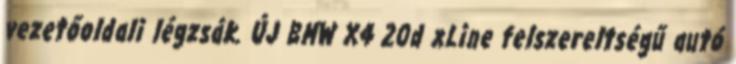
vezetőoldali légzsák. ÚJ BMW X4 20d xLine felszereltségű autó